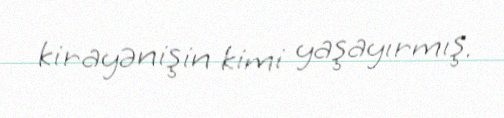
kirayənişin kimi yaşayırmış.